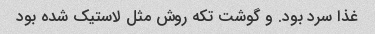
غذا سرد بود. و گوشت تکه روش مثل لاستیک شده بود